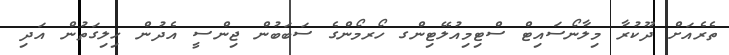
ތެރެއަށް ދޫކުރާ މިލާނޯސައިޓް ސްޓިމިއުލޭޓިންގ ހޯރމޯންގެ ސަބަބުން ޖިންސީ އެދުން ހިލިގަތުން އަދި